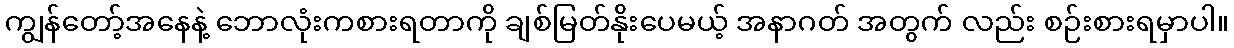
ကျွန်တော့်အနေနဲ့ ဘောလုံးကစားရတာကို ချစ်မြတ်နိုးပေမယ့် အနာဂတ် အတွက် လည်း စဉ်းစားရမှာပါ။